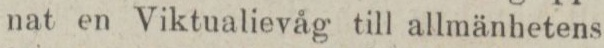
nat en Viktualievåg till allmänhetens